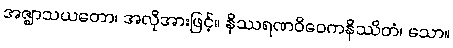
အဇ္ဈာသယတော၊ အလိုအားဖြင့်။ နိဿရဏဝိဝေကနိဿိတံ၊ သော။